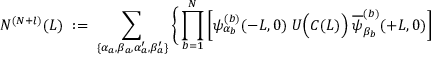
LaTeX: N ^ { ( N + l ) } ( L ) \; : = \; \sum _ { \{ \alpha _ { a } , \beta _ { a } , \alpha _ { a } ^ { \prime } , \beta _ { a } ^ { \prime } \} } \Bigg \{ \prod _ { b = 1 } ^ { N } \left[ \psi _ { \alpha _ { b } } ^ { ( b ) } ( - L , 0 ) \; U \Big ( { \cal C } ( L ) \Big ) \; \overline { { { \psi } } } _ { \beta _ { b } } ^ { ( b ) } ( + L , 0 ) \right]